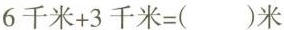
$$6千米+3千米=( )米$$